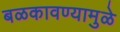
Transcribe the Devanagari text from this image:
बळकावण्यामुळे